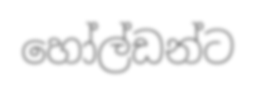
හෝල්ඩන්ට